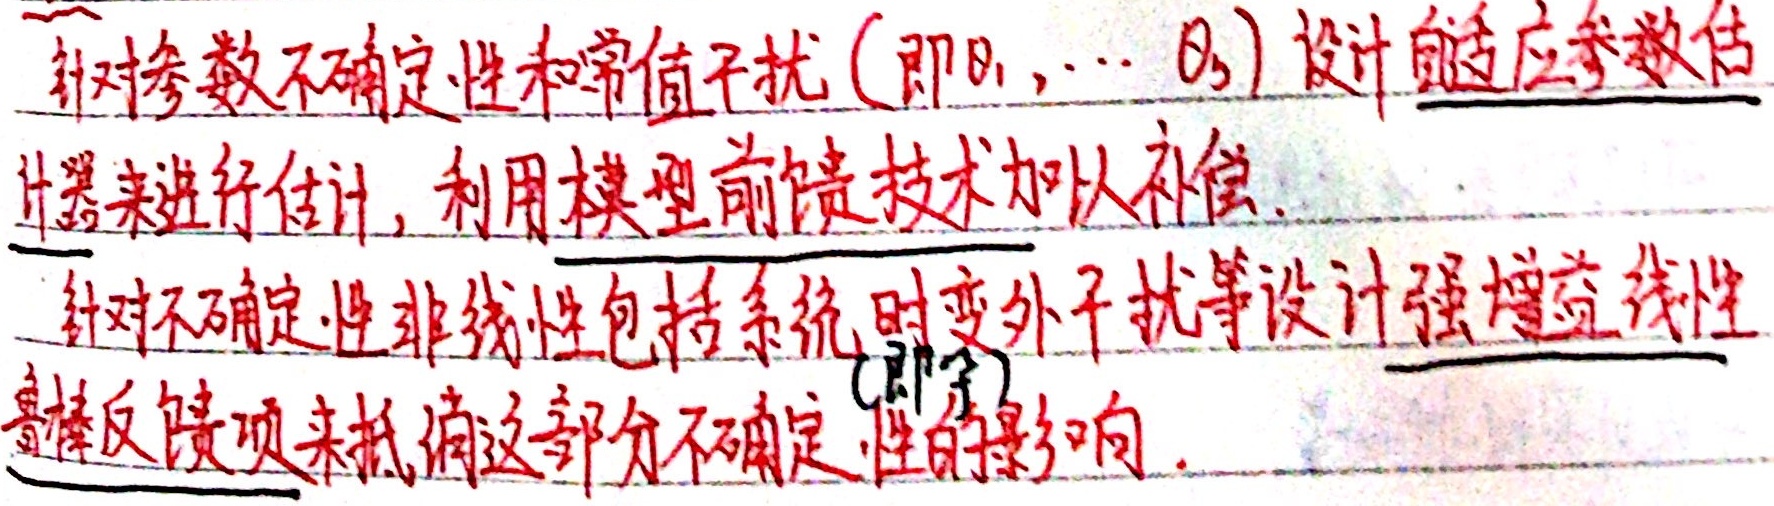
针对参数不确定性和常值干扰（即\(\theta_1,\cdots,\theta_s\)）设计自适应参数估计器来进行估计，利用模型前馈技术加以补偿。针对不确定性非线性包括系统时变外干扰等设计强增益线性鲁棒反馈项来抵消这部分不确定性的影响。